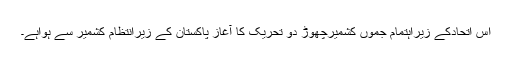
اس اتحادکے زیراہتمام جموں کشمیرچھوڑ دو تحریک کا آغاز پاکستان کے زیرانتظام کشمیر سے ہواہے۔